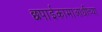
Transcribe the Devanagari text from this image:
छपाईकामाआधीच्या